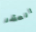
العشر